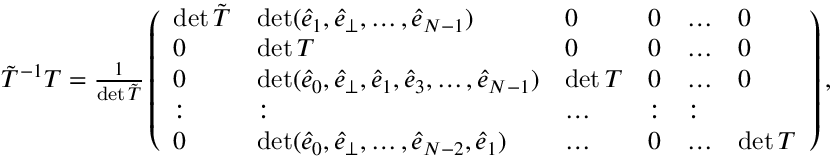
\begin{array} { r } { \tilde { T } ^ { - 1 } T = \frac { 1 } { \operatorname* { d e t } \tilde { T } } \left( \begin{array} { l l l l l l } { \operatorname* { d e t } \tilde { T } } & { \operatorname* { d e t } ( \hat { e } _ { 1 } , \hat { e } _ { \perp } , \dots , \hat { e } _ { N - 1 } ) } & { 0 } & { 0 } & { \dots } & { 0 } \\ { 0 } & { \operatorname* { d e t } T } & { 0 } & { 0 } & { \dots } & { 0 } \\ { 0 } & { \operatorname* { d e t } ( \hat { e } _ { 0 } , \hat { e } _ { \perp } , \hat { e } _ { 1 } , \hat { e } _ { 3 } , \dots , \hat { e } _ { N - 1 } ) } & { \operatorname* { d e t } T } & { 0 } & { \dots } & { 0 } \\ { : } & { : } & { \dots } & { : } & { : } \\ { 0 } & { \operatorname* { d e t } ( \hat { e } _ { 0 } , \hat { e } _ { \perp } , \dots , \hat { e } _ { { N } - 2 } , \hat { e } _ { 1 } ) } & { \dots } & { 0 } & { \dots } & { \operatorname* { d e t } T } \end{array} \right) , } \end{array}